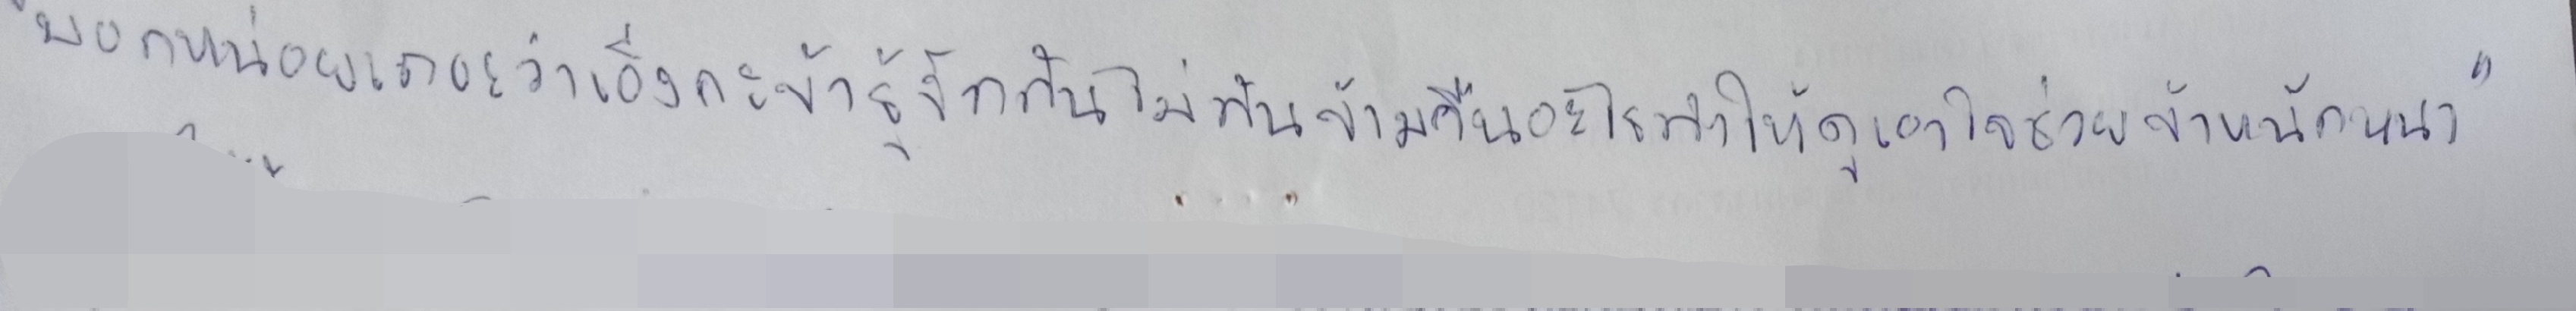
"บอกหน่อยเถอะว่าเอ็งกะข้ารู้จักกันไม่ทันข้ามคืนอะไรทำให้ดูเอาใจช่วยข้านักหนา"